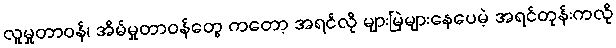
လူမှုတာဝန်၊ အိမ်မှုတာဝန်တွေ ကတော့ အရင်လို များမြဲများနေပေမဲ့ အရင်တုန်းကလို